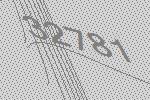
32781